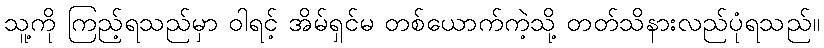
သူ့ကို ကြည့်ရသည်မှာ ဝါရင့် အိမ်ရှင်မ တစ်ယောက်ကဲ့သို့ တတ်သိနားလည်ပုံရသည်။